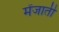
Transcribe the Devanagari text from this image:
मेंजाती